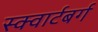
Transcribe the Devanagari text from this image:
स्क्वार्टबर्ग